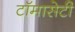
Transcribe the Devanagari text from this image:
टाॅमासेटी